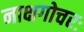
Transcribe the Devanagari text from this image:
नाक्षगोचरः